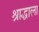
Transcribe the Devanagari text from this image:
श्राद्धाला